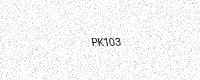
Text: PK103